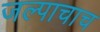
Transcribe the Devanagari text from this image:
जल्पाचाच